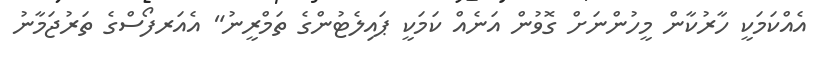
އެއްކަމަކީ ހާރުކާން މީހުންނަށް ގޮވުން އަނެއް ކަމަކީ ޕައިލެޓުންގެ ތަމްރީނު" އެއަރފޯސްގެ ތަރުޖަމާނު